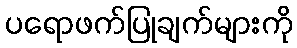
ပရောဖက်ပြုချက်များကို